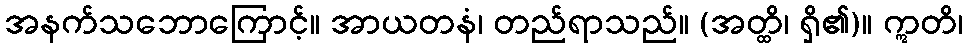
အနက်သဘောကြောင့်။ အာယတနံ၊ တည်ရာသည်။ (အတ္ထိ၊ ရှိ၏)။ ဣတိ၊